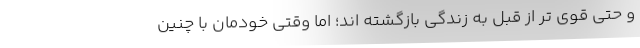
و حتی قوی تر از قبل به زندگی بازگشته اند؛ اما وقتی خودمان با چنین